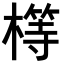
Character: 𣛆